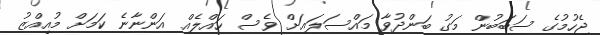
ޖެހުމުގެ ސަބަބުން މަގު ބަންދުވާ މައްސަލައަށް ވެސް ހައްލެއް އަންނާނެ ކަމަށް މުއިއްޒު